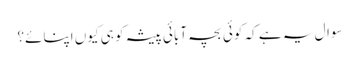
سوال یہ ہے کہ کوئی بچہ آبائی پیشہ کو ہی کیوں اپنائے؟